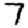
Digit: 7